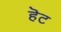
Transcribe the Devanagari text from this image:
हॆट